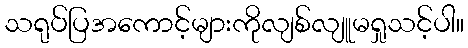
သရုပ်ပြအကောင့်များကိုလျစ်လျူမရှုသင့်ပါ။